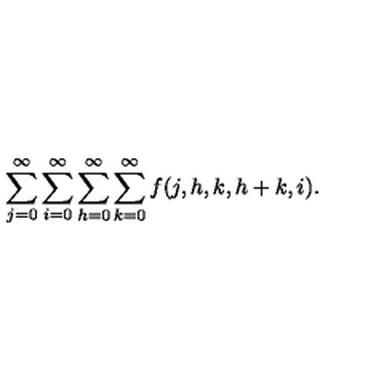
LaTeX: \sum _ { j = 0 } ^ { \infty } \sum _ { i = 0 } ^ { \infty } \sum _ { h = 0 } ^ { \infty } \sum _ { k = 0 } ^ { \infty } f ( j , h , k , h + k , i ) .